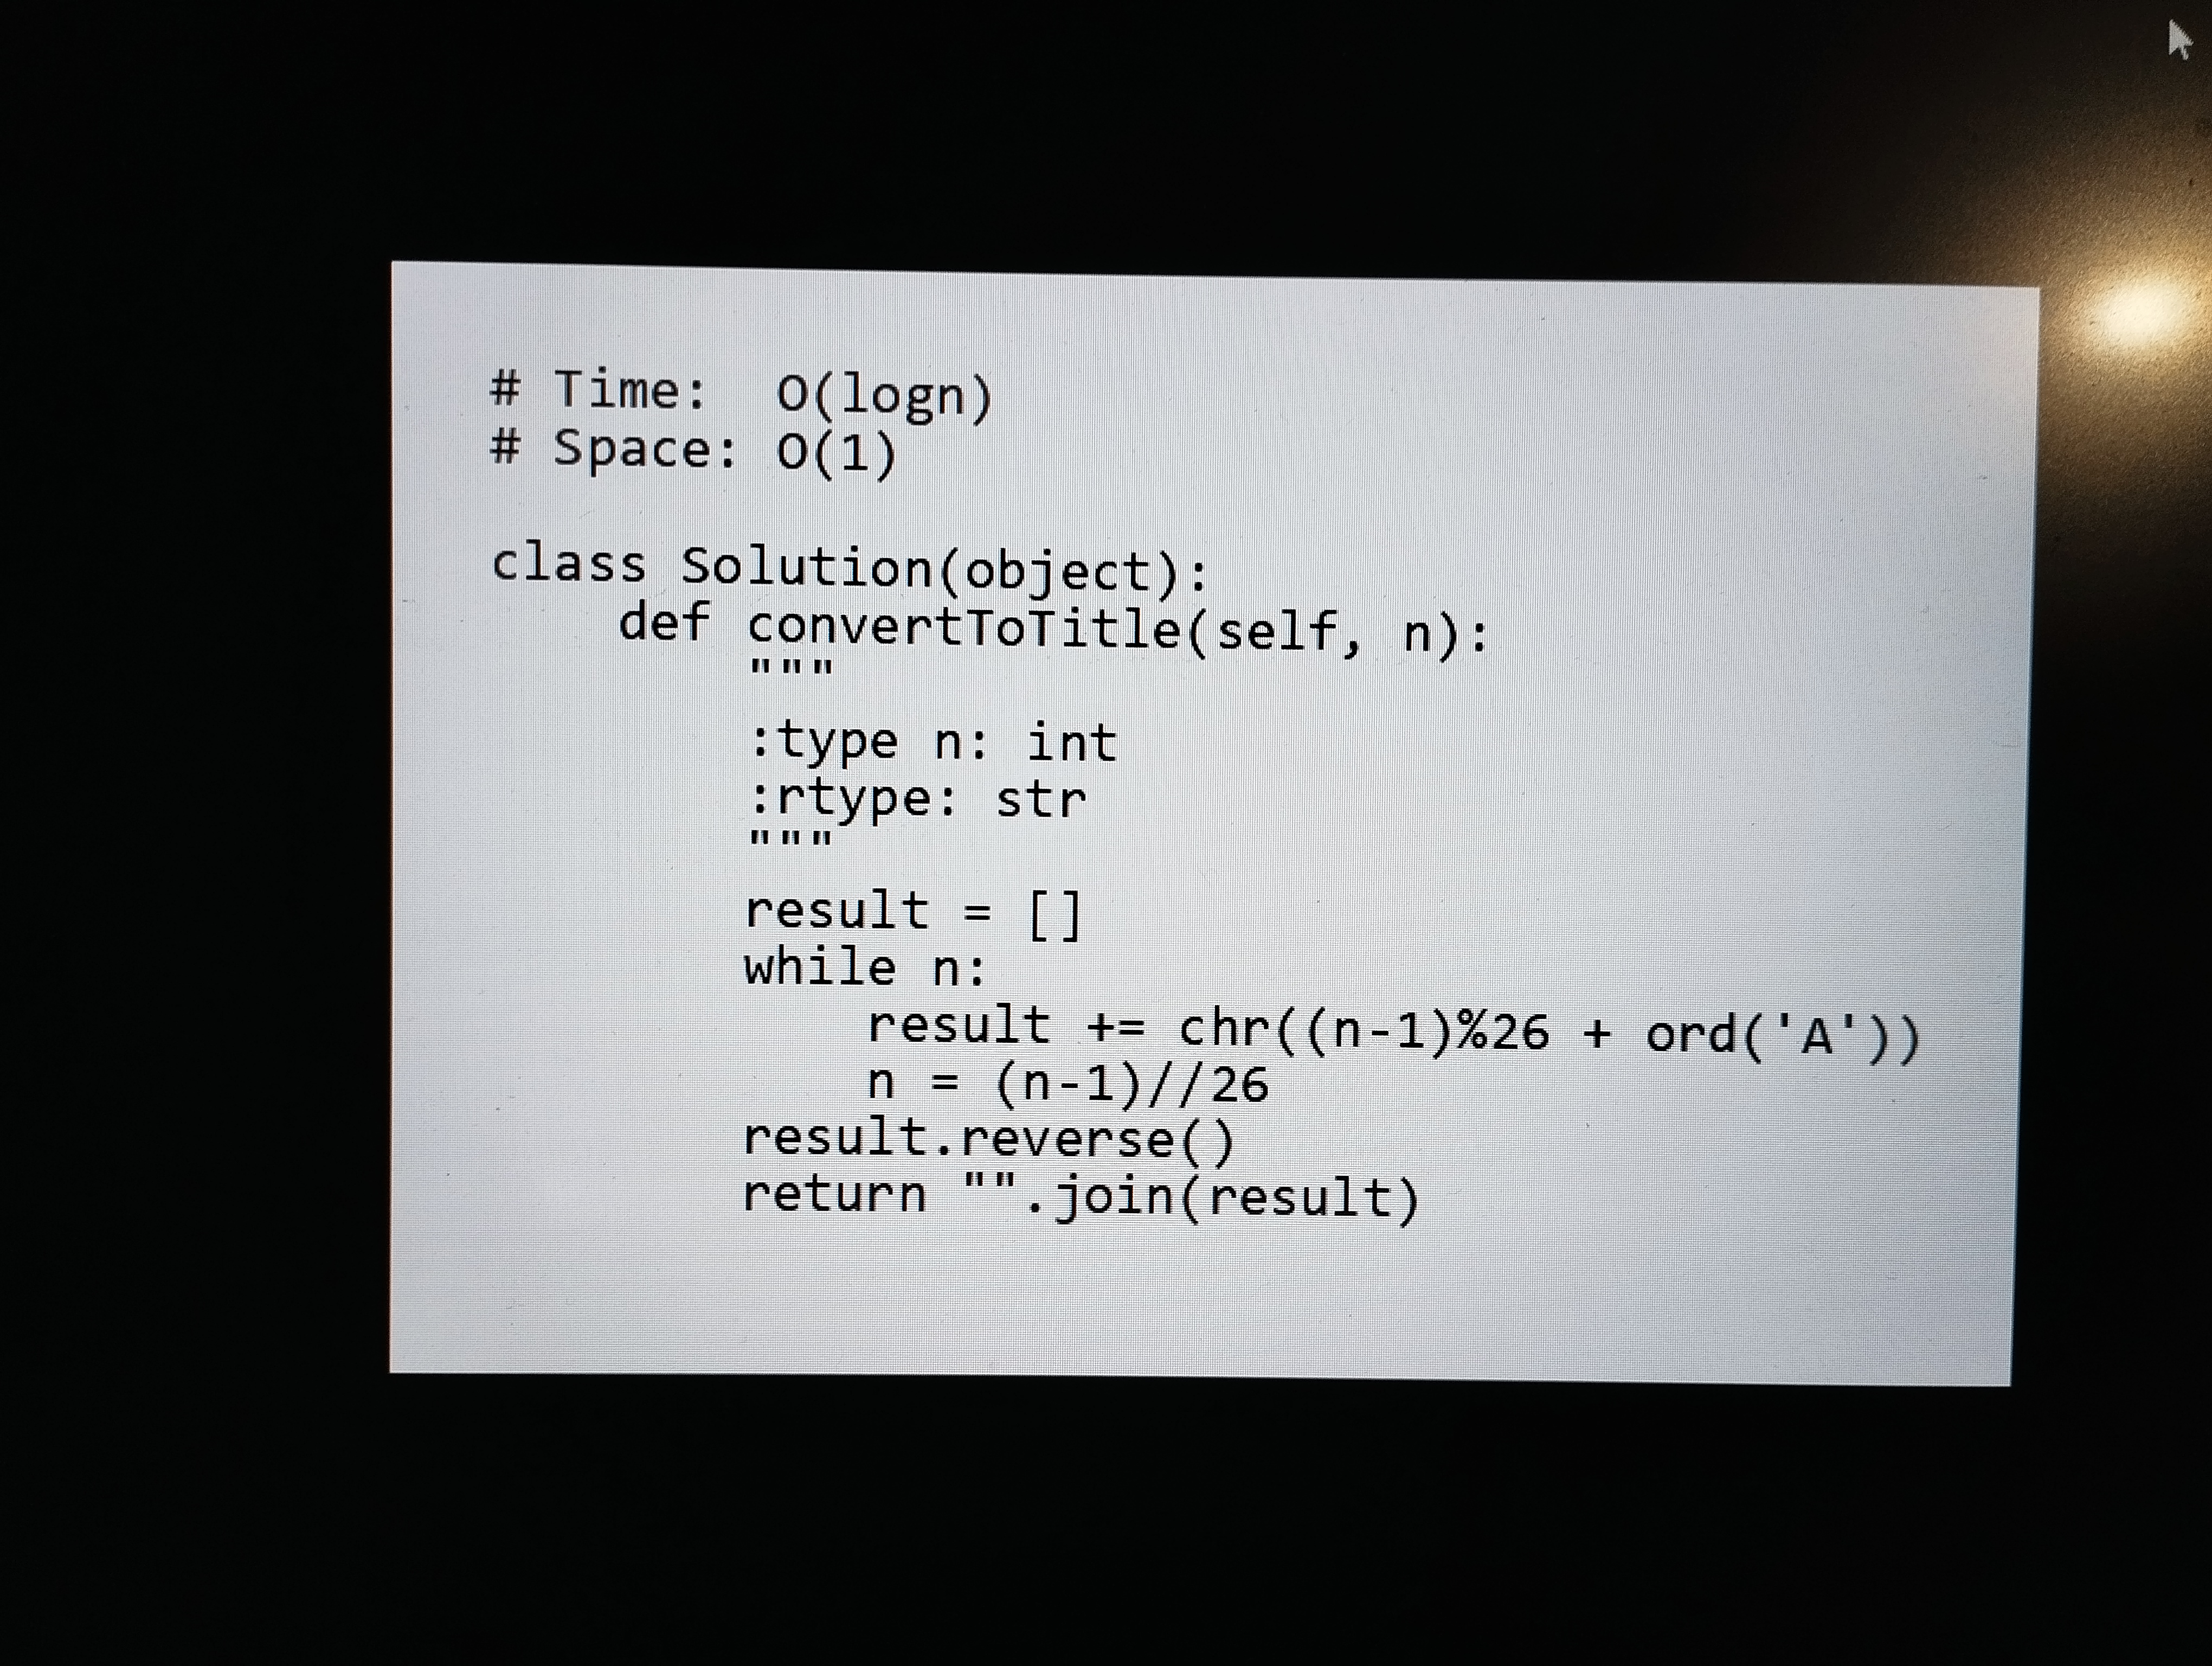
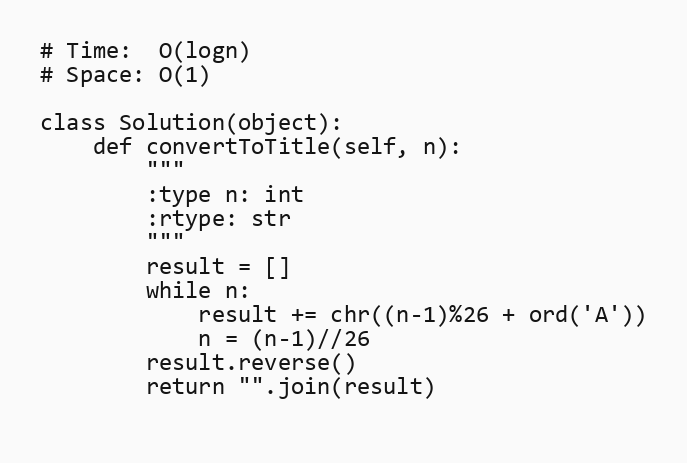
# Time:  O(logn)
# Space: O(1)

class Solution(object):
    def convertToTitle(self, n):
        """
        :type n: int
        :rtype: str
        """
        result = []
        while n:
            result += chr((n-1)%26 + ord('A'))
            n = (n-1)//26
        result.reverse()
        return "".join(result)